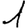
Digit: 1